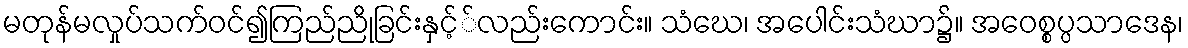
မတုန်မလှုပ်သက်ဝင်၍ကြည်ညိုခြင်းနှင့််လည်းကောင်း။ သံဃေ၊ အပေါင်းသံဃာ၌။ အဝေစ္စပ္ပသာဒေန၊